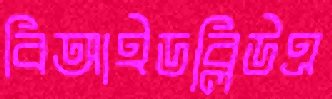
বিআইডব্লিউএ